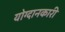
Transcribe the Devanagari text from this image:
योग्दानकारी